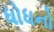
ધોધનો